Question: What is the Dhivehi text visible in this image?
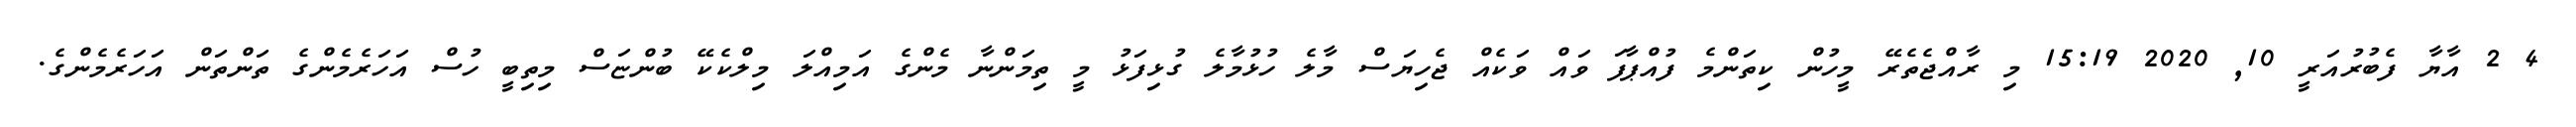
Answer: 4 2 އާޔާ ފެބުރުއަރީ 10, 2020 15:19 މި ރާއްޖެތެރޭ މީހުން ކިތަންމެ ފުއްޕާފަ ވައް ވަކެއް ޖެހިޔަސް މާލެ ހުޅުމާލެ ގުޅިފަޅު މީ ތިމަންނާ މެންގެ އަމިއްލަ މިލްކެކޭ ބުންޏަސް މިތިބީ ހުސް އަހަރެމެންގެ ތަންތަން އަހަރެމެންގެ.